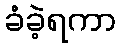
ခံခဲ့ရကာ